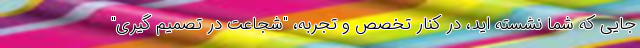
جایی که شما نشسته اید، در کنار تخصص و تجربه، "شجاعت در تصمیم گیری"